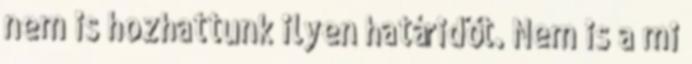
nem is hozhattunk ilyen határidőt. Nem is a mi